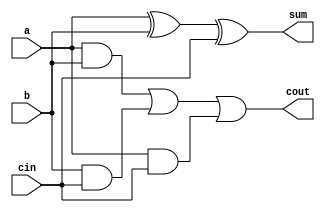
`timescale 1ns/1ps

module full_adder(            //start code of full adder module
    a,b,cin,                  //input
    sum,cout                  //output
);
input wire a,b,cin;
output wire sum,cout;

assign sum = (a ^ b) ^ cin;     //sum bit
assign cout = ((a & b) | (b & cin) | (a & cin)); //carry bit

endmodule                    //end code of full adder module